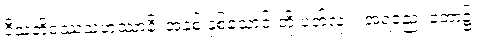
ဝီသတိဝဿသဟဿာနိ၊ အနှစ် နှစ်သောင်းတို့ ပတ်လုံး။ အရညေ၊ တော၌။